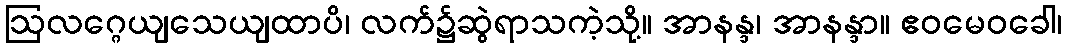
ဩလဂ္ဂေယျသေယျထာပိ၊ လက်၌ဆွဲရာသကဲ့သို့။ အာနန္ဒ၊ အာနန္ဒာ။ ဧဝမေဝခေါ၊